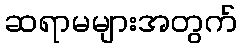
ဆရာမများအတွက်